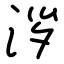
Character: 𣴖